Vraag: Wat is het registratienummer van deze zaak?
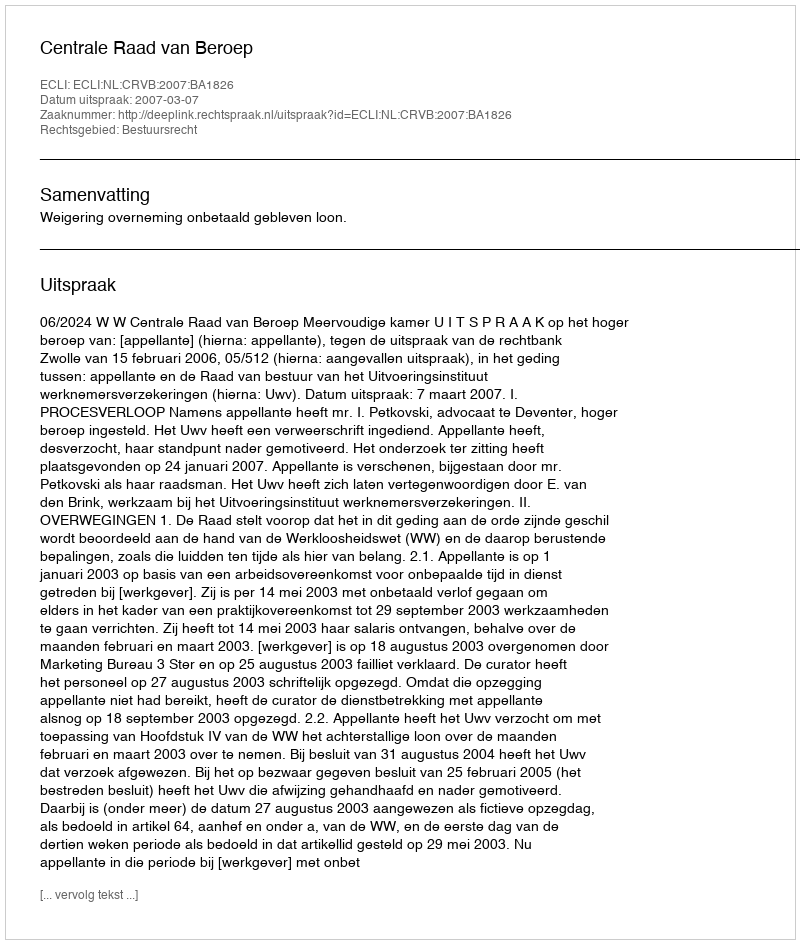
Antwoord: http://deeplink.rechtspraak.nl/uitspraak?id=ECLI:NL:CRVB:2007:BA1826